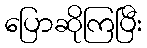
ပြောဆိုကြပြီး